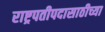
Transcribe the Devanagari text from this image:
राष्ट्रपतीपदासाठीच्या